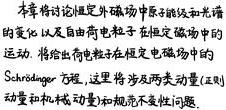
本章将讨论在外磁场中原子能级和光谱的变化以及自由荷电粒子在恒定磁场中的运动. 将给出荷电粒子在恒定磁场中的Schrödinger 方程, 这里将涉及两类问题 (正则动量和机械动量) 和规范不变性.